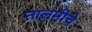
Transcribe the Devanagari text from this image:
तालमीचे